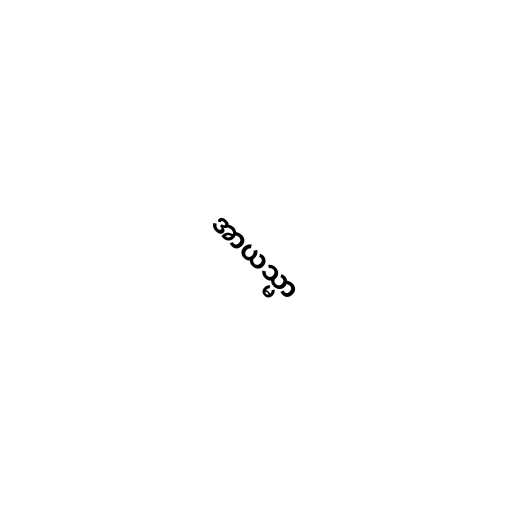
အာယသ္မာ